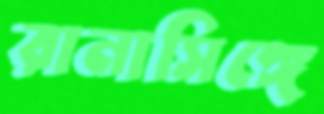
রানাসিঙ্গে